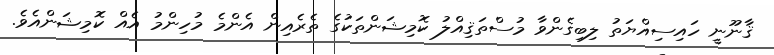
ޤާނޫނީ ހައިސިއްޔަތު ލިބިގެންވާ މުސްތަޤިއްލު ކޮމިޝަންތަކުގެ ތެރެއިން އެންމެ މުހިންމު އެއް ކޮމިޝަންއެވެ.